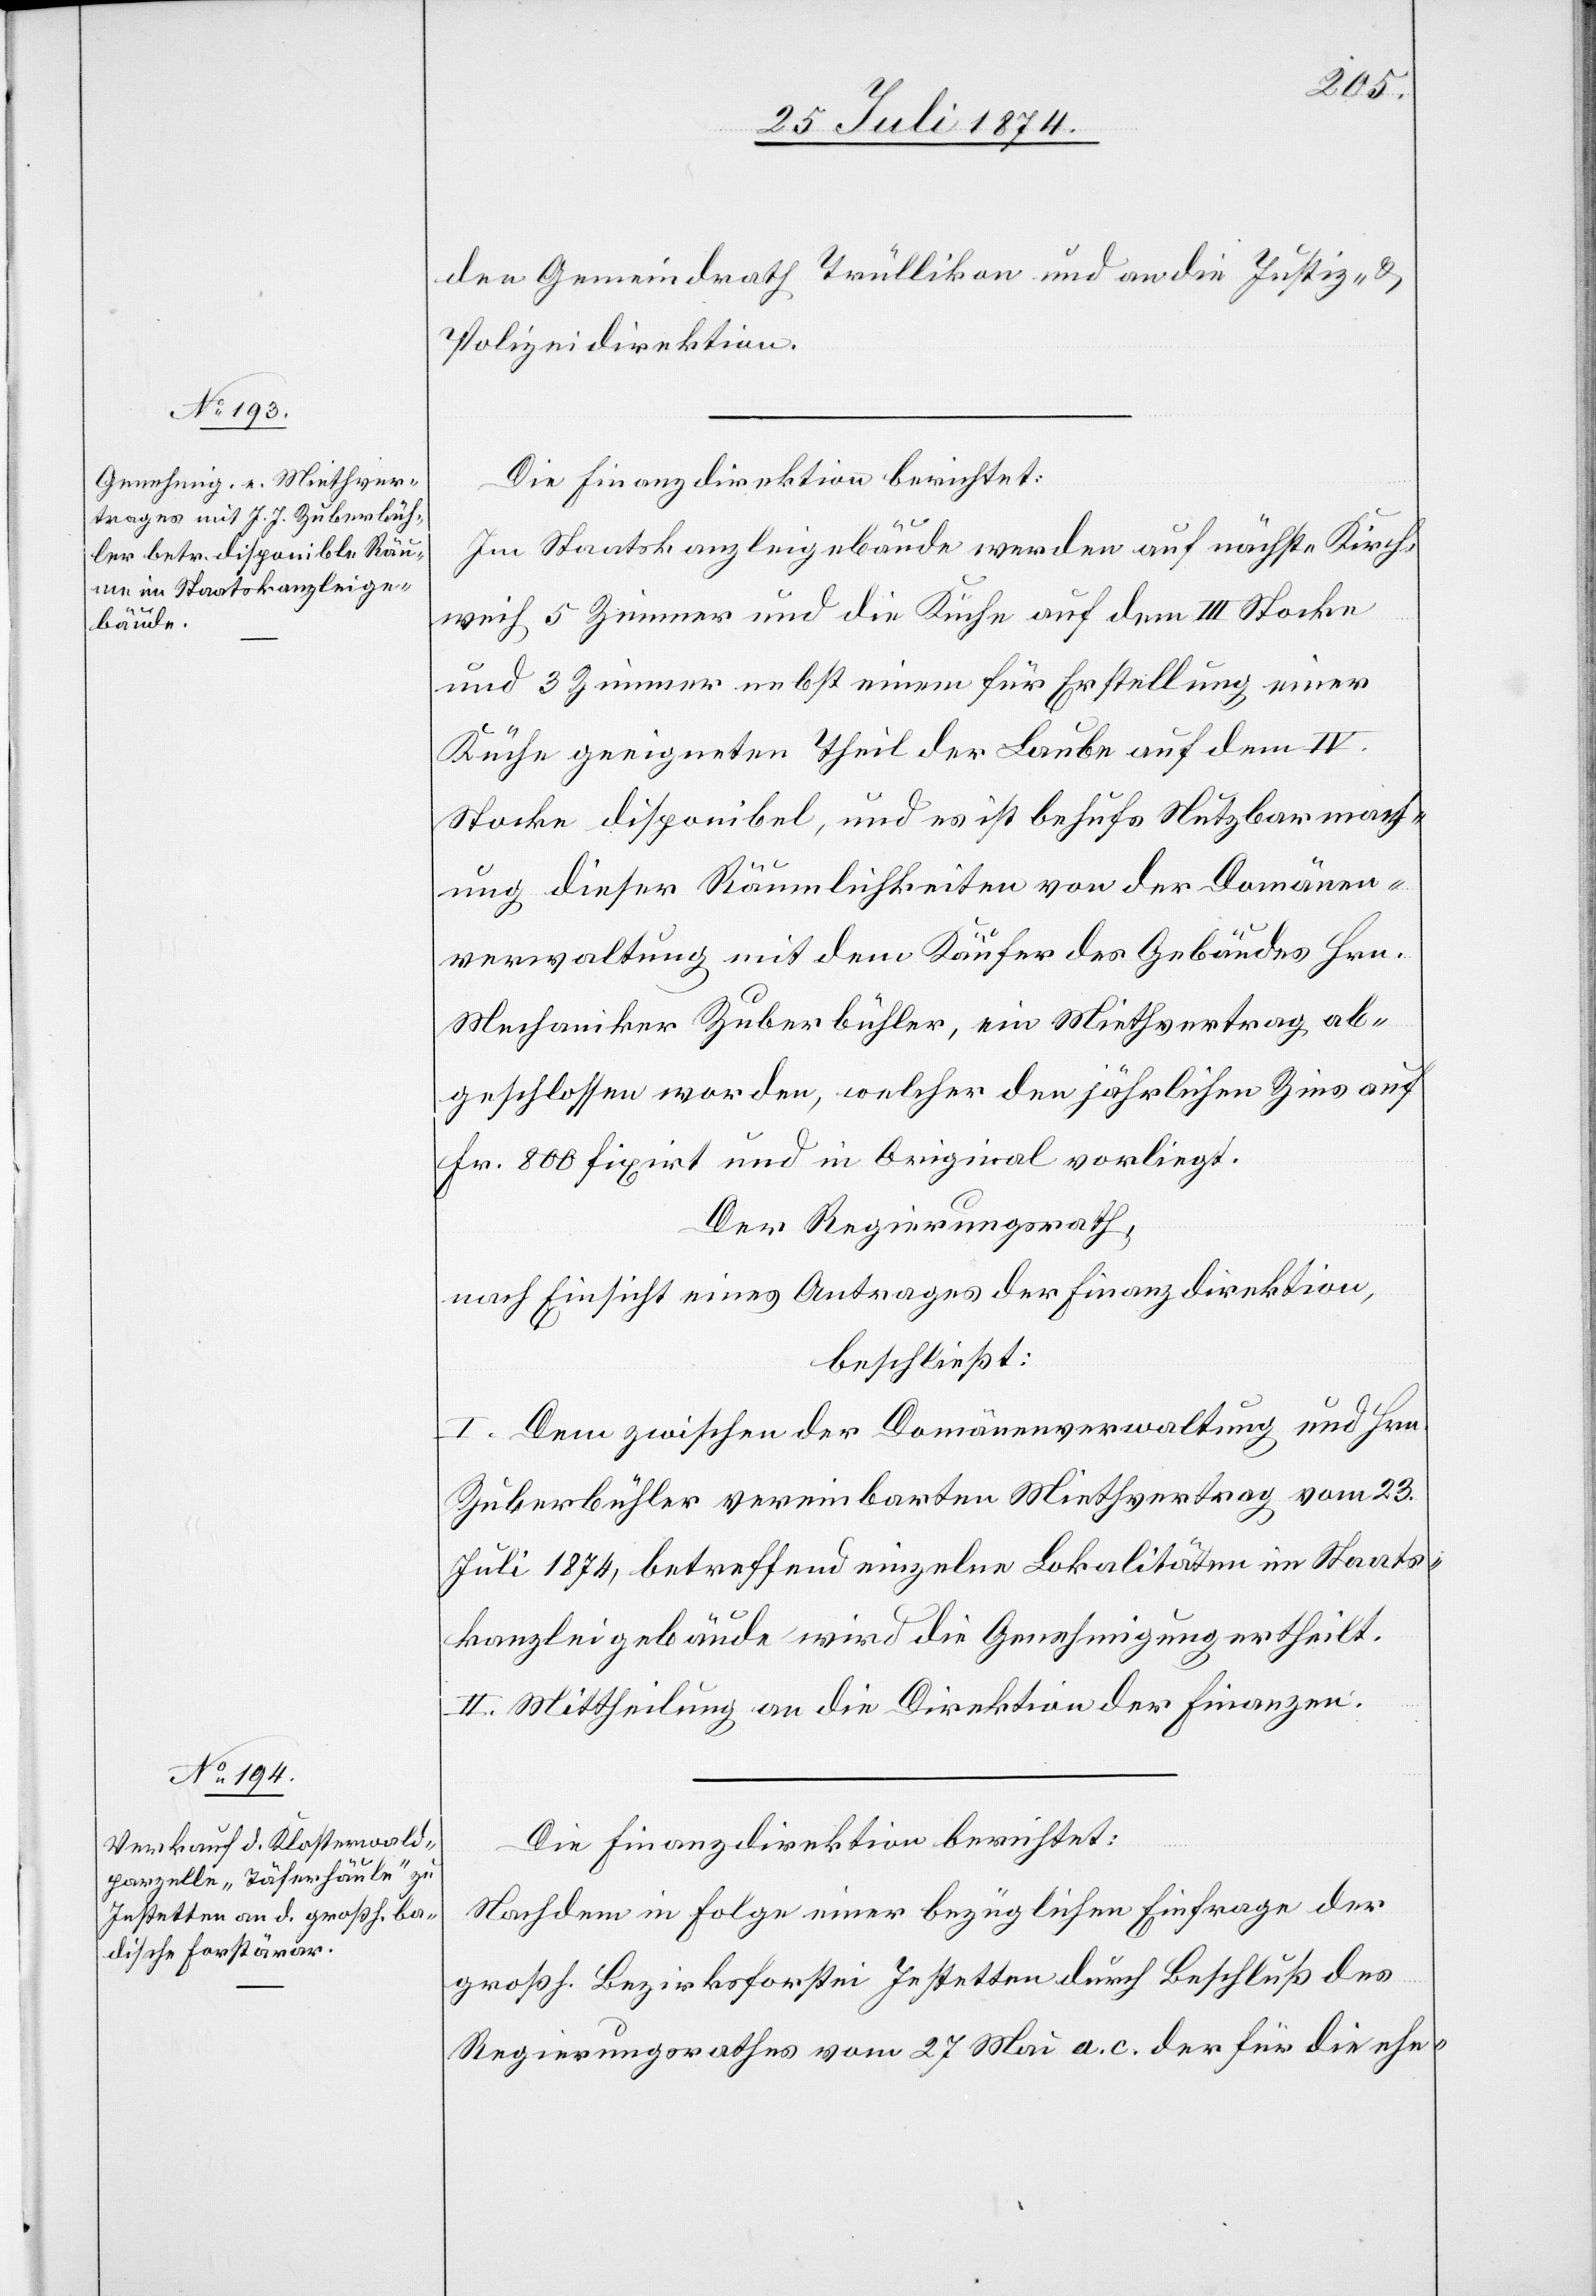
den Gemeindrath Trüllikon und an die Justiz- u.
Polizeidirektion.
Die Finanzdirektion berichtet:
Im Staatskanzleigebäude werden auf nächste Kirch¬
weih 5 Zimmer und die Küche auf dem III. Stocke
und 3 Zimmer nebst einem für Erstellung einer
Küche geeigneten Theil der Laube auf dem IV.
Stocke disponibel, und es ist behufs Nutzbarmach¬
ung dieser Räumlichkeiten von der Domänen¬
verwaltung mit dem Käufer des Gebäudes Hrn.
Mechaniker Zuberbühler, ein Miethvertrag ab¬
geschlossen worden, welcher den jährlichen Zins auf
Fr. 800 fixirt und in Original vorliegt.
Der Regierungsrath,
nach Einsicht eines Antrages der Finanzdirektion,
beschließt:
I. Dem zwischen der Domänenverwaltung und Hrn.
Zuberbühler vereinbarten Miethvertrag vom 23.
Juli 1874, betreffend einzelne Lokalitäten im Staats¬
kanzleigebäude wird die Genehmigung ertheilt.
II. Mittheilung an die Direktion der Finanzen.
Die Finanzdirektion berichtet:
Nachdem in Folge einer bezüglichen Einfrage der
großh. Bezirksforstei Jestetten durch Beschluß des
Regierungsrathes vom 27. Mai a. c. der für die ehe-